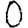
Digit: 0